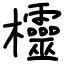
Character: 欞